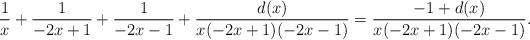
LaTeX: \begin{align*}\frac{1}{x}+\frac{1}{-2x+1}+\frac{1}{-2x-1}+\frac{d(x)}{x(-2x+1)(-2x-1)}=\frac{-1+d(x)}{x(-2x+1)(-2x-1)}.\end{align*}